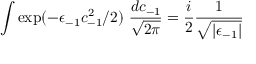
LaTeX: \int \exp ( - \epsilon _ { - 1 } c _ { - 1 } ^ { 2 } / 2 ) \ { \frac { d c _ { - 1 } } { \sqrt { 2 \pi } } } = { \frac { i } { 2 } } { \frac { 1 } { \sqrt { \vert \epsilon _ { - 1 } \vert } } }